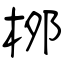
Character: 桞